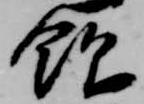
飲